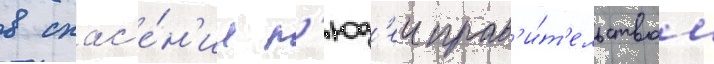
в спас'е́н'ии л'юд'еи прав'и́т'ельством